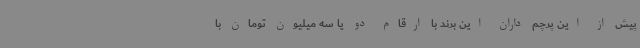
پیش از این پرچم داران این برند با ارقام دو یا سه میلیون تومان با